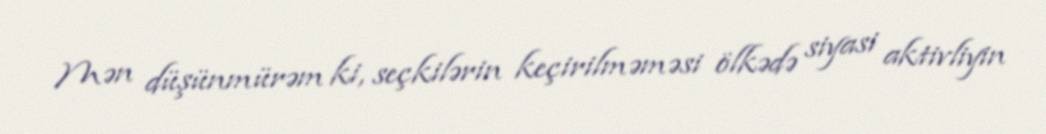
Mən düşünmürəm ki, seçkilərin keçirilməməsi ölkədə siyasi aktivliyin